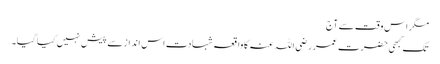
مگر اس وقت سے آج
تک کبھی حضرت عمر رضی اللہ عنہ کا واقعہ شہادت اس انداز سے پیش نہیں کیا گیا۔